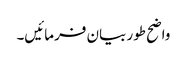
واضح طور بیان فرمائیں۔